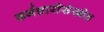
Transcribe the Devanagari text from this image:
कर्मचारीसंख्येत